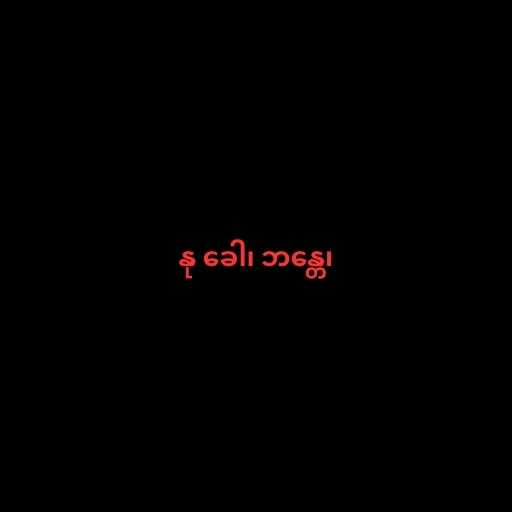
နု ခေါ၊ ဘန္တေ၊